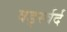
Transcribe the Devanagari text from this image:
वर्ड्स्वर्द